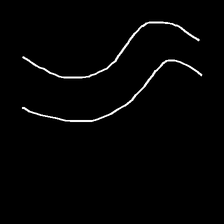
Glyph: float